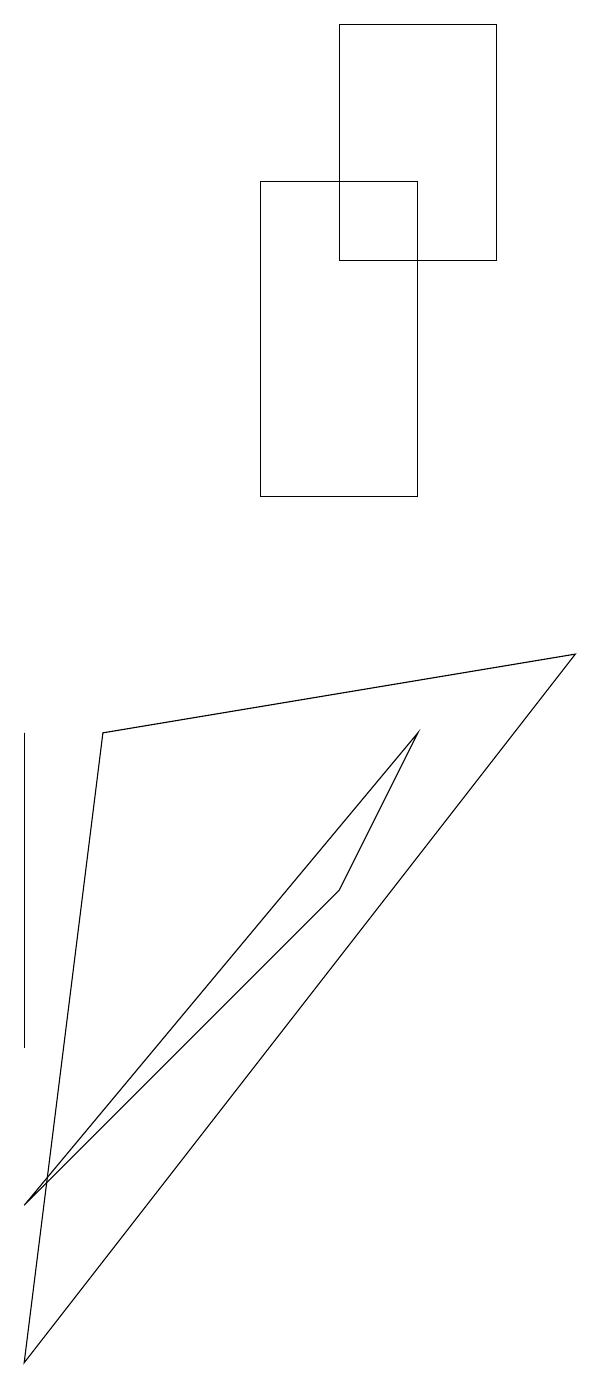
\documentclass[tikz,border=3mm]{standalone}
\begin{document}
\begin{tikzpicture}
\draw (0,6) -- (0,8) -- (0,4) -- cycle;
\draw (4,17) rectangle (6,14);
\draw (7,9) -- (0,0) -- (1,8) -- cycle;
\draw (5,8) -- (0,2) -- (4,6) -- cycle;
\draw (3,15) rectangle (5,11);
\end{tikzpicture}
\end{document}